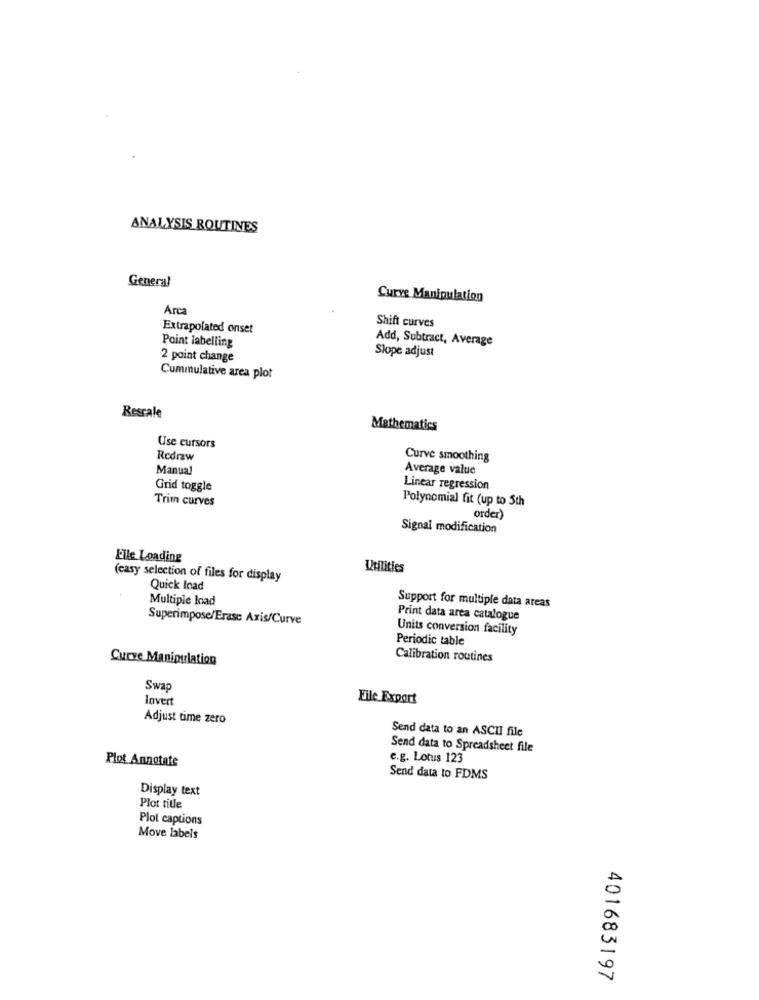
ANALYSIS ROUTINES
General
Curve Manipulation
Arca
Extrapolated onset
Shift curves
Point labelling
Add, Subtract, Average
Slope adjust
2 point change
Cummulative area plot
Rescale
Mathematics
Use cursors
Redraw
Curve smoothing
Manual
Average value
Grid toggle
Linear regression
Trim curves
Polynomial fit (up to 5th
order)
Signal modification
Eile Loading
Utilities
(casy selection of files for display
Quick Inad
Multiple load
Support for multiple data areas
Superimpose/Erase Axis/Curve
Print data area catalogue
Units conversion facility
Periodic table
Curve Manipulation
Calibration routines
Swap
Invert
File Export
Adjust time zero
Send data to an ASCII file
Send data to Spreadsheet file
Plot Annotate
e.g. Lotus 123
Send data to FDMS
Display text
Plot title
Plot captions
Move labels
A
00
401683197